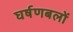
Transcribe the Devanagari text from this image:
घर्षणबलों